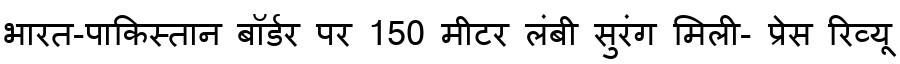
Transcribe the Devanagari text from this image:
भारत-पाकिस्तान बॉर्डर पर 150 मीटर लंबी सुरंग मिली- प्रेस रिव्यू